Report on the working of the Ranchi Indian Mental Hospital, Kanke, in Bihar and Orissa - 1930-1940
Year: 1930
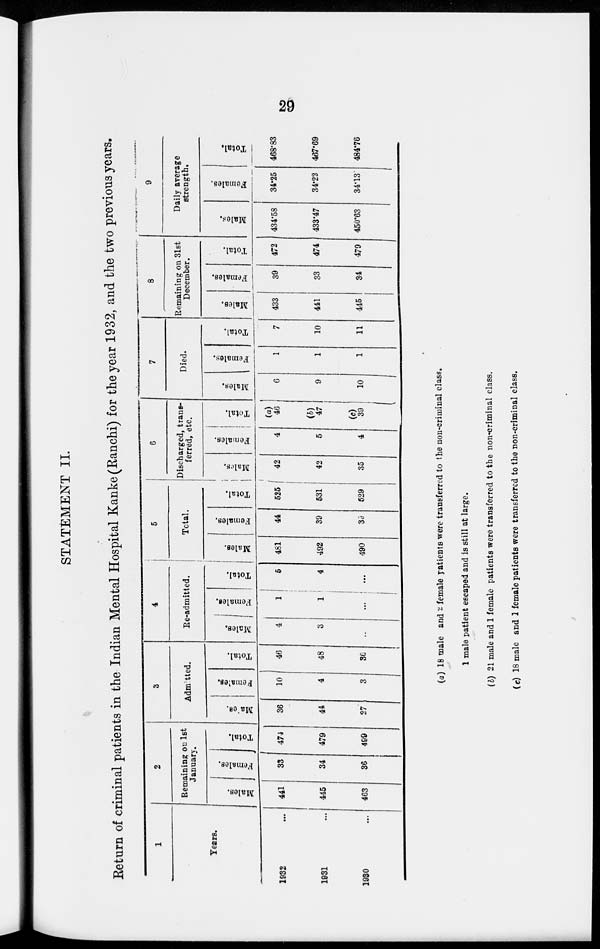
29
STATEMENT II.
Return of criminal patients in the Indian Mental Hospital Kanke (Ranchi) for the year 1932, and the two previous years.
1
Years.
1932 ...
1931 ...
1930 ...
2
Remaining on 1st
January.
Males.
441
445
463
Females.
33
34
36
Total.
474
479
499
3
Admitted.
Males.
36
44
27
Females.
10
4
3
Total.
46
48
30
4
Re-admitted.
Males.
4
3
...
Females.
1
1
...
Total.
5
4
...
5
Total.
Males.
481
492
490
Females.
44
39
39
Total.
525
531
529
6
Discharged, trans-
ferred, etc.
Males.
42
42
35
Females.
4
5
4
Total.
(a)
46
(b)
47
(c)
39
7
Died.
Males.
6
9
10
Females.
1
1
1
Total.
7
10
11
8
Remaining on 31st
December.
Males.
433
441
445
Females.
39
33
34
Total.
472
474
479
9
Daily average
strength.
Males.
434.58
433.47
450.63
Females.
34.25
34.22
34.13
Total.
468.83
467.69
484.76
(a) 18 male and 2 female patients were transferred to the non-criminal class.
1 male patient escaped and is still at large.
(b) 21 male and 1 female patients were transferred to the non-criminal class.
(c) 18 male and 1 female patients were transferred to the non-criminal class.